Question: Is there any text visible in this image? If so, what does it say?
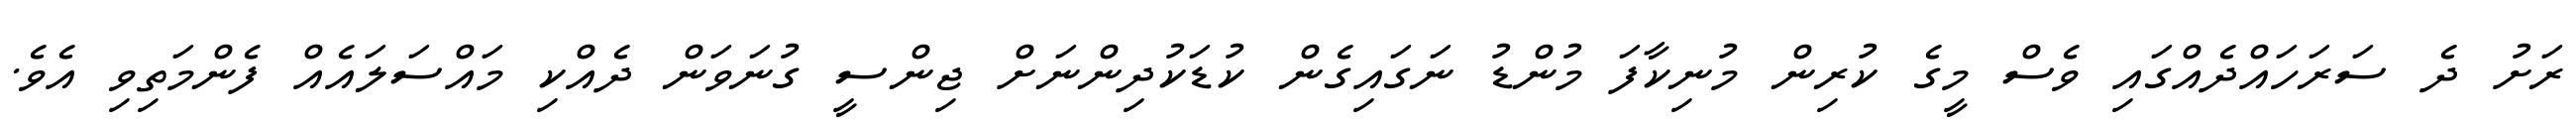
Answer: ރަށު ދެ ސަރަހައްދެއްގައި ވެސް މީގެ ކުރިން މުނިކާފަ މުންޑު ނަގައިގެން ކުޑަކުދިންނަށް ޖިންސީ ގުނަވަން ދެއްކި މައްސަލައެއް ފެންމަތިވި އެވެ.